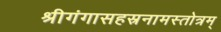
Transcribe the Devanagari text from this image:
श्रीगंगासहस्रनामस्तोत्रम्